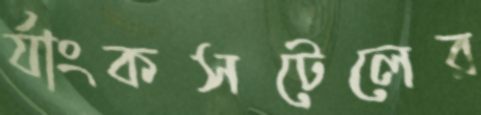
র‍্যাংকসটেলের